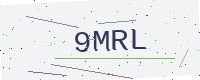
Text: 9MRL